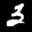
Label: 3